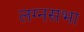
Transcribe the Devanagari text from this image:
लग्नसभा